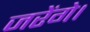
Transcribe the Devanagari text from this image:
जरेंगे।